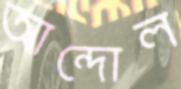
আন্দোল